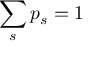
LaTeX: \sum _ { s } p _ { s } = 1